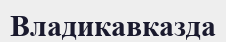
Владикавказда